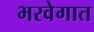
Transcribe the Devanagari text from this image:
भरवेगात